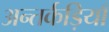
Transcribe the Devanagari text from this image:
अन्तर्कड़ियाँ